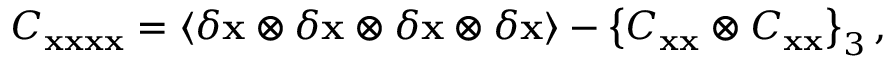
C _ { { \bf x } { \bf x } { \bf x } { \bf x } } = \langle \delta { \bf x } \otimes \delta { \bf x } \otimes \delta { \bf x } \otimes \delta { \bf x } \rangle - \left\lbrace C _ { { \bf x } { \bf x } } \otimes C _ { { \bf x } { \bf x } } \right\rbrace _ { 3 } ,